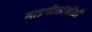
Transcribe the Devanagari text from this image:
गाडगीळांनीही